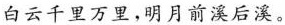
白云千里万里，明月前溪后溪。